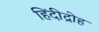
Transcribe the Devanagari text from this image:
हिंदीद्रोह